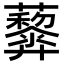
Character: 𧅏